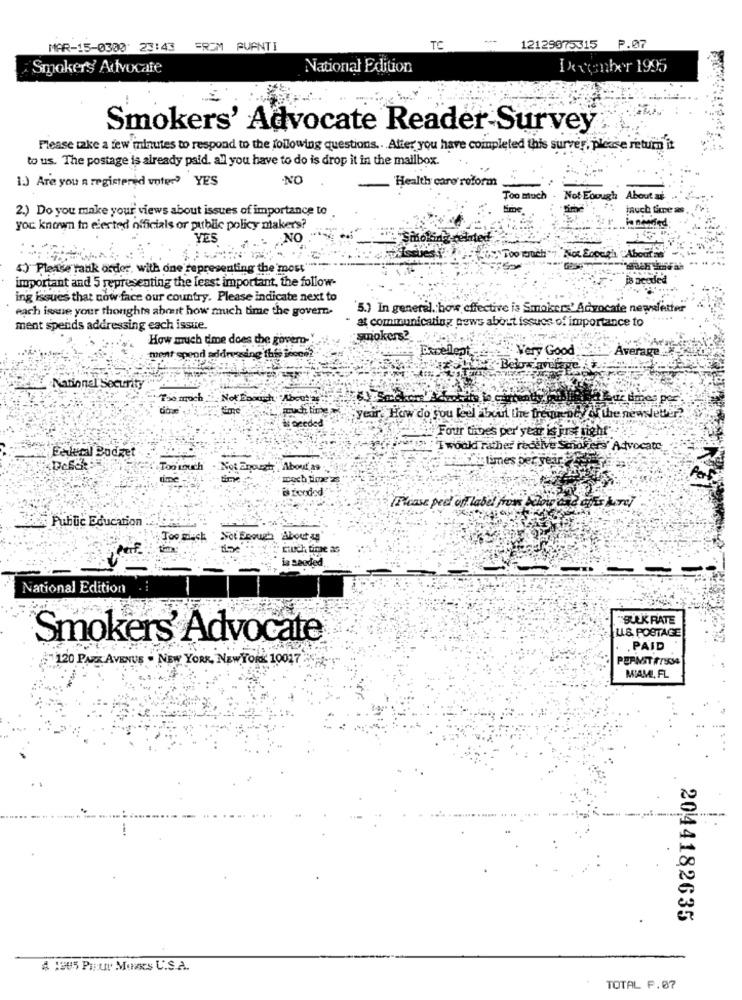
MAR-15-0300 23:43 FROM PUANTI
TC
12129075315 P.07
Smokers' Advocate
National Edition
Ixxenber 1995
Smokers' Advocate Reader-Survey
Please take a few minutes to respond to the following questions .. Atter you have completed this surver, please return it
to us. The postage is already paid. all you have to do is drop it in the mailbox.
1.) Are you a registered voter? YES
NO
Health care reform
Too much
Not Enough About si
2.) Do you make your views about issues of importance to
Eme
i needed
yor known to elected officials or public policy makers?
YES
„NO
Smokin
"Aboutat
Too much"
4) Please tank order, with one representing the most"
important and 5 representing the least important, the follow-
is acoded
ing issues that cow face our country. Please indicate next to
each issue your thoughts about how much time the govern-
5.) In general. how effective is Smokers' Advocate negraletter
at communicating news about issues of importance to
ment spends addressing each issue
How much dme does the govern-"
smokers?
Very Good
Average
ment sppod addreading this toons?
National Security
Too much
Not Doouich
a hur dmes por
much timea
yeir. How do you feel about the frequency of the newsletter?
reded
Four tives per' year is just right"
Fallecil Budget
: Twould rather receive Scorers' Advocate
E times per year
Too touch
Not Enough
About as
time
much time
i foodod
Please ped off label from below and afis here
La Public Education
Too miack
Not Enough About se
rtuch time as
ia seeded
National Edition
BULK RATE
LL& POSTAGE
Smokers' Advocate
. PAID
120 PAK AVENUE - NEW YORK, NEW YORK 10017
PERNST FTS34
MIAMI, FL
2044182635
# 1305 Pour Mons U.S.A.
TOTAL F.07